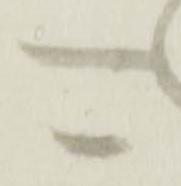
可